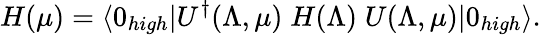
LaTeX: H(\mu)=\langle 0_{high}|U^{\dagger}(\Lambda,\mu)\; H(\Lambda)\; U(\Lambda,\mu)|0_{high}\rangle.